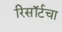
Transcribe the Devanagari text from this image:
रिसॉर्टचा